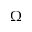
\Omega